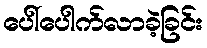
ပေါ်ပေါက်လာခဲ့ခြင်း